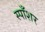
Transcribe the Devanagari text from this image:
स्पाँशर